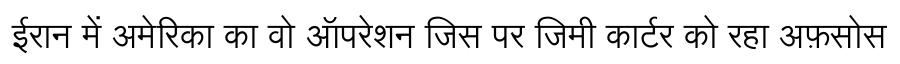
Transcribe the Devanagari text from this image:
ईरान में अमेरिका का वो ऑपरेशन जिस पर जिमी कार्टर को रहा अफ़सोस